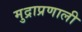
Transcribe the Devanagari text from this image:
मुद्राप्रणाली